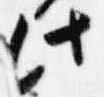
此